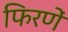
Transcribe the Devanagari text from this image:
फिरणें